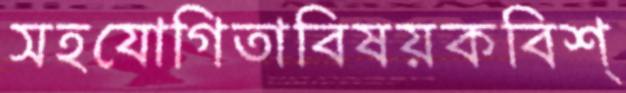
সহযোগিতাবিষয়কবিশ্